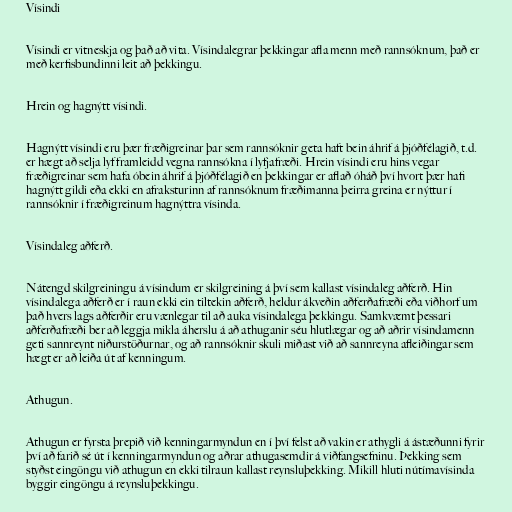
Vísindi

Vísindi er vitneskja og það að vita. Vísindalegrar þekkingar afla menn með rannsóknum, það er
með kerfisbundinni leit að þekkingu.

Hrein og hagnýtt vísindi.

Hagnýtt vísindi eru þær fræðigreinar þar sem rannsóknir geta haft bein áhrif á þjóðfélagið, t.d.
er hægt að selja lyf framleidd vegna rannsókna í lyfjafræði. Hrein vísindi eru hins vegar
fræðigreinar sem hafa óbein áhrif á þjóðfélagið en þekkingar er aflað óháð því hvort þær hafi
hagnýtt gildi eða ekki en afraksturinn af rannsóknum fræðimanna þeirra greina er nýttur í
rannsóknir í fræðigreinum hagnýttra vísinda.

Vísindaleg aðferð.

Nátengd skilgreiningu á vísindum er skilgreining á því sem kallast vísindaleg aðferð. Hin
vísindalega aðferð er í raun ekki ein tiltekin aðferð, heldur ákveðin aðferðafræði eða viðhorf um
það hvers lags aðferðir eru vænlegar til að auka vísindalega þekkingu. Samkvæmt þessari
aðferðafræði ber að leggja mikla áherslu á að athuganir séu hlutlægar og að aðrir vísindamenn
geti sannreynt niðurstöðurnar, og að rannsóknir skuli miðast við að sannreyna afleiðingar sem
hægt er að leiða út af kenningum.

Athugun.

Athugun er fyrsta þrepið við kenningarmyndun en í því felst að vakin er athygli á ástæðunni fyrir
því að farið sé út í kenningarmyndun og aðrar athugasemdir á viðfangsefninu. Þekking sem
styðst eingöngu við athugun en ekki tilraun kallast reynsluþekking. Mikill hluti nútímavísinda
byggir eingöngu á reynsluþekkingu.